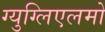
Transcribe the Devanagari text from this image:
ग्युग्लिएलमो